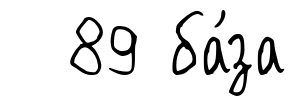
89 ба́за